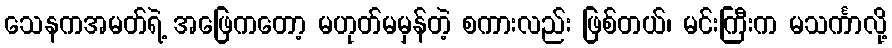
သေနကအမတ်ရဲ့ အဖြေကတော့ မဟုတ်မမှန်တဲ့ စကားလည်း ဖြစ်တယ်၊ မင်းကြီးက မသင်္ကာလို့